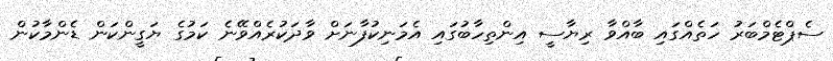
ސެޕްޓެމްބަރު ހަތެއްގައި ބާއްވާ ރިޔާސީ އިންތިހާބުގައި އެމަނިކުފާނަށް ވާދަކުރެއްވޭނެ ކަމުގެ ޔަގީންކަން ޑެންމާކުން